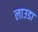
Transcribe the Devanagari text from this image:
लाउडा